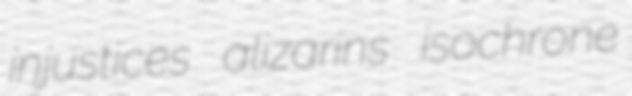
injustices alizarins isochrone